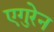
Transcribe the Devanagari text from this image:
एगुरेन